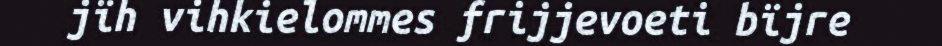
jïh vihkielommes frijjevoeti bïjre